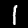
Label: 1